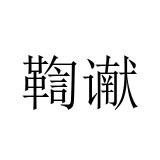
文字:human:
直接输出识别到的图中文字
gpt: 鞫谳